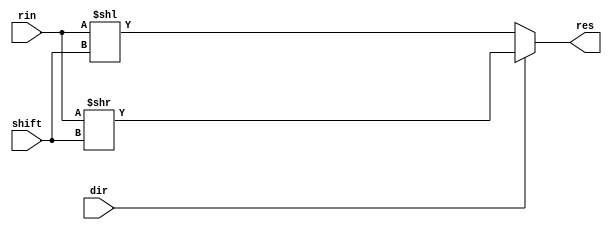
module shifter_3 #(parameter d_width = 32, ra_width = 5)
	(	output reg [d_width-1:0]res,
		input [d_width-1:0] rin,
		input [ra_width-1:0] shift,
		input dir);
	always @(dir, shift, rin)
		if (~dir)
			res <= (rin << shift);
		else
			res <= (rin >> shift);
endmodule